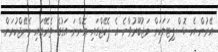
އޭރުން އެ ހޮސްޕިޓަލަކަށް މަޖުބޫރުވާނެ އެ ޕެކޭޖްގައި އޮންނަ އަގުގެ ތެރޭގައި މެނޭޖްކުރަން.